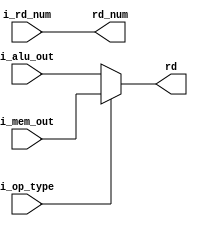
module stage_5(input[31:0] i_mem_out,         
              input[4:0] i_rd_num,
              input[31:0] i_alu_out,
              input i_op_type,
              output reg[4:0] rd_num,
              output reg[31:0] rd);

	always @(*) begin
	    //i_op_type:
	    //00 use i_alu_out
	    //01 use i_mem_out
	    //10 use 8 low bit from i_mem_out signed extended
	    //11 use 16 low bit from i_mem_out signed extended
	    //100 use 8 low bit from i_mem_out zero extended
	    //101 use 16 low bit from i_mem_out zero extended
		if (i_op_type == 0) rd = i_alu_out;
		else rd = i_mem_out;		
		rd_num = i_rd_num;
	end
endmodule